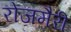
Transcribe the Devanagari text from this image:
रोजमैरी